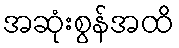
အဆုံးစွန်အထိ